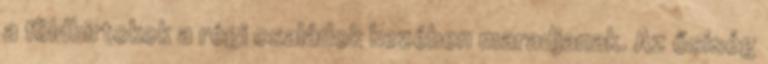
a földbirtokok a régi családok kezében maradjanak. Az ősiség